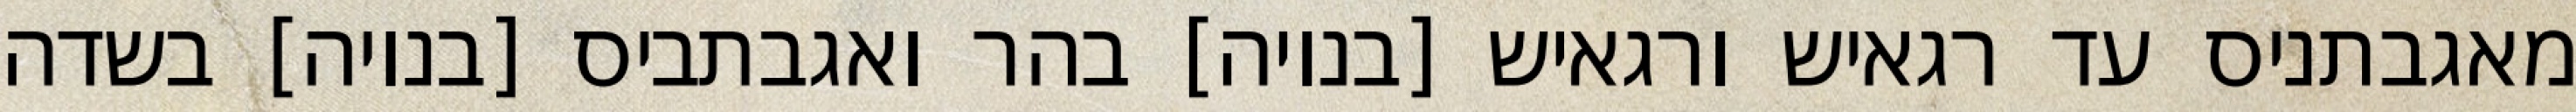
מאגבתניס עד רגאיש ורגאיש [בנויה] בהר ואגבתביס [בנויה] בשדה